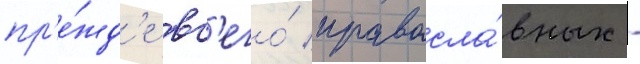
пр'е́жд'е вс'его́ правосла́вных -